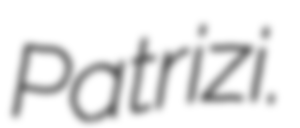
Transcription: Patrizi.